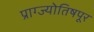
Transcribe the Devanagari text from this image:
प्राग्ज्योतिषपूर